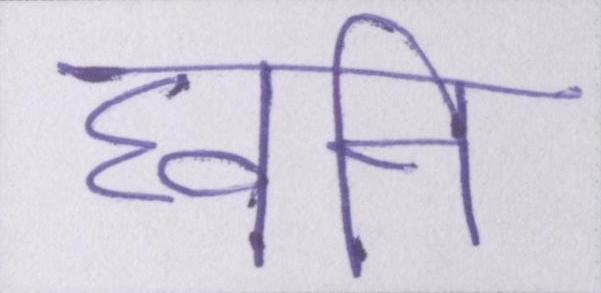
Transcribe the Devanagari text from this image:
घ्वनि